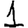
Digit: 1